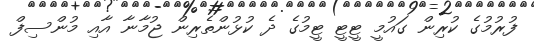
ފުރުމުގެ ކުރިން ގައުމީ ޓީޓީ ޓީމުގެ ދެ ކުޅުންތެރިން ޖުމާނާ އާއި މުންސިފް